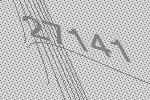
27141